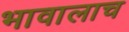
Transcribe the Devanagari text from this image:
भावालाच